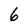
Character: 6